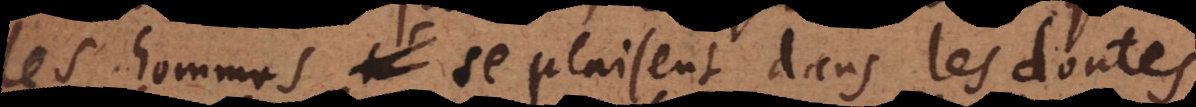
les hommes se plaisent dans les doutes